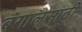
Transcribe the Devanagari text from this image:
बंगालसाठी